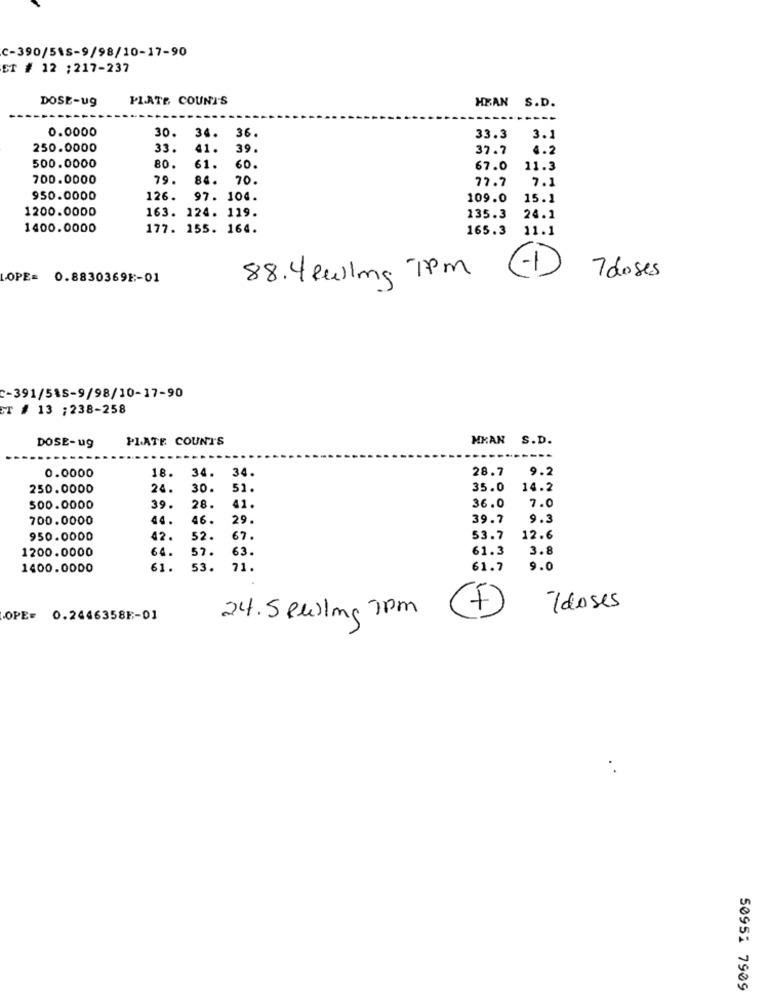
c-390/518-9/98/10-17-90
ET # 12 ;217-237
DOSE-ug
PLATE COUNT'S
HEAN S.D.
0.0000
30.
34.
36.
33.3
3.1
250.0000
33.
41.
39
37.7
4.2
500.0000
80.
6L
61.
60.
67.0
11.3
700.0000
84.
70.
7.1
77.7
950.0000
126.
97. 104.
109.0
15.1
1200.0000
163. 124. 119.
135.3
24.1
1400.0000
177. 155. 164.
165.3
11.1
OPE= 0.8830369E :- 01
88. 4 zwiling 7pm (1)
7 doses
c-391/515-9/98/10-17-90
CT # 13 ;238-258
DOSE-ug
PLATE COUNTS
MKAN S.D.
0.0000
18.
34.
34
28.7
9.2
250.0000
24.
30.
51.
35.0 14.2
500.0000
39.
28.
41.
36.0
7.0
700.0000
44.
46.
29.
39.7
9.3
950.0000
42.
52.
67.
53.7
12.6
1200.0000
57.
63.
61.3
3.8
1400.0000
61.
53.
71.
61.7
9.0
-Tdoses
OPE= 0.2446358E-01
24. Selling 7Pm
50951 7909